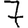
Digit: 7